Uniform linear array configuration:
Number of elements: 12
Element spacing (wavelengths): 0.75
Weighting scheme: cosine
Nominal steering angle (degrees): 15
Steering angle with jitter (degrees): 14.62
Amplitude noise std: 0.05
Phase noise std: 0.05

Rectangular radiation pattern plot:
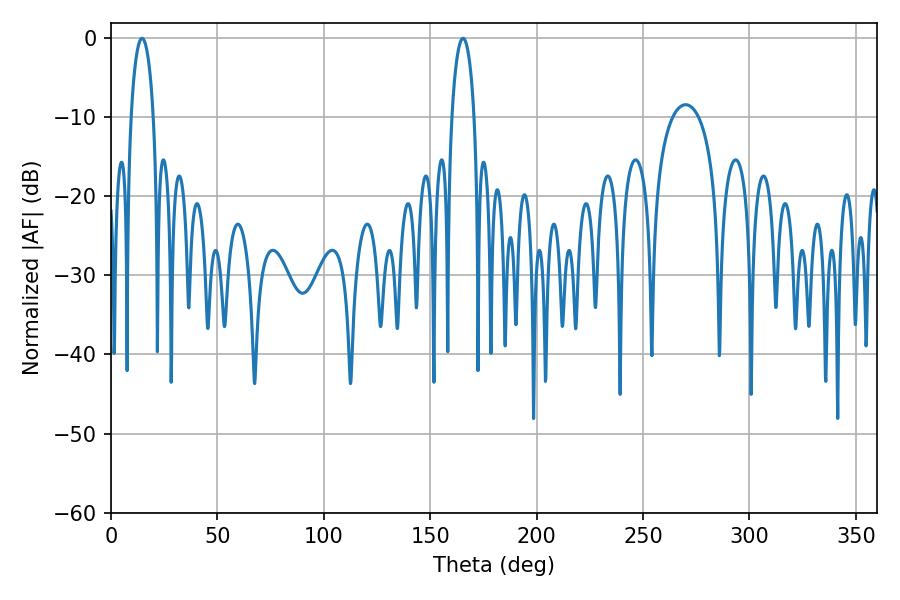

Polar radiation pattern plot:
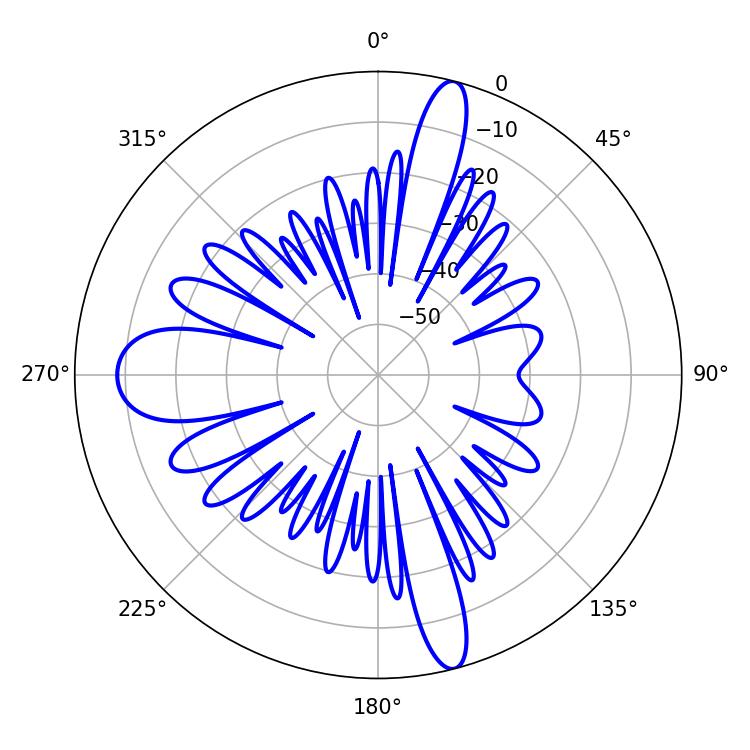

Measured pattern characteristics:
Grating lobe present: TRUE
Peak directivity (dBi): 23.33
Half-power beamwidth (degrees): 5.94
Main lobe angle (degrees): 14.58